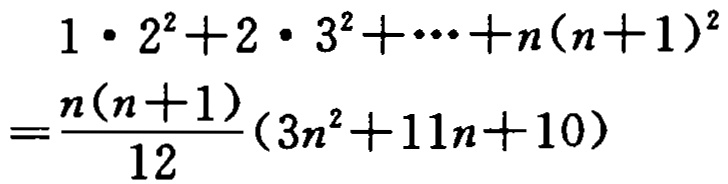
\[

\begin{align*}

&1\cdot 2^{2}+2\cdot 3^{2}+\cdots +n(n + 1)^{2}\\

=&\frac{n(n + 1)}{12}(3n^{2}+11n + 10)

\end{align*}

\]